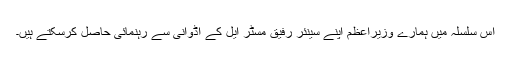
اس سلسلہ میں ہمارے وزیراعظم اپنے سینئر رفیق مسٹر ایل کے اڈوانی سے رہنمائی حاصل کرسکتے ہیں۔